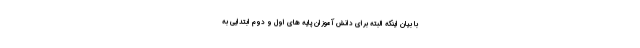
با بیان اینکه البته برای دانش آموزان پایه های اول و دوم ابتدایی به